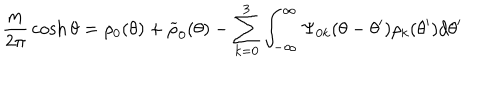
{ \frac { m } { 2 \pi } } \cosh \theta = \rho _ { 0 } ( \theta ) + \widetilde { \rho } _ { 0 } ( \theta ) - \sum _ { k = 0 } ^ { 3 } \int _ { - \infty } ^ { \infty } \Psi _ { 0 k } ( \theta - \theta ^ { \prime } ) \rho _ { k } ( \theta ^ { \prime } ) d \theta ^ { \prime }